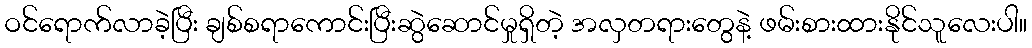
ဝင်ရောက်လာခဲ့ပြီး ချစ်စရာကောင်းပြီးဆွဲဆောင်မှုရှိတဲ့ အလှတရားတွေနဲ့ ဖမ်းစားထားနိုင်သူလေးပါ။